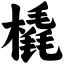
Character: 橇